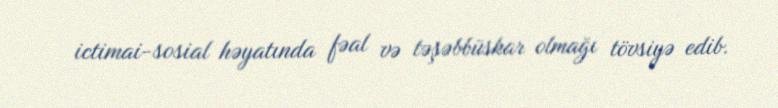
ictimai-sosial həyatında fəal və təşəbbüskar olmağı tövsiyə edib.